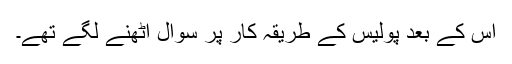
اس کے بعد پولیس کے طریقہ کار پر سوال اٹھنے لگے تھے۔